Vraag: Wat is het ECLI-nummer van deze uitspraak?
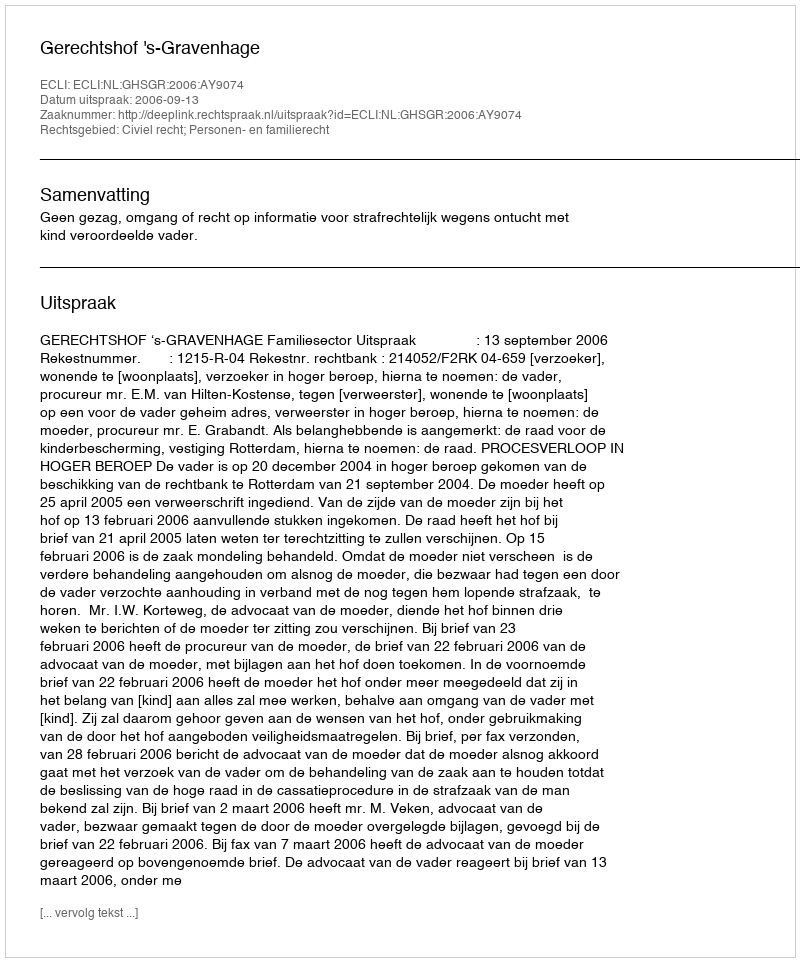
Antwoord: ECLI:NL:GHSGR:2006:AY9074